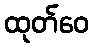
ထုတ်ဝေ